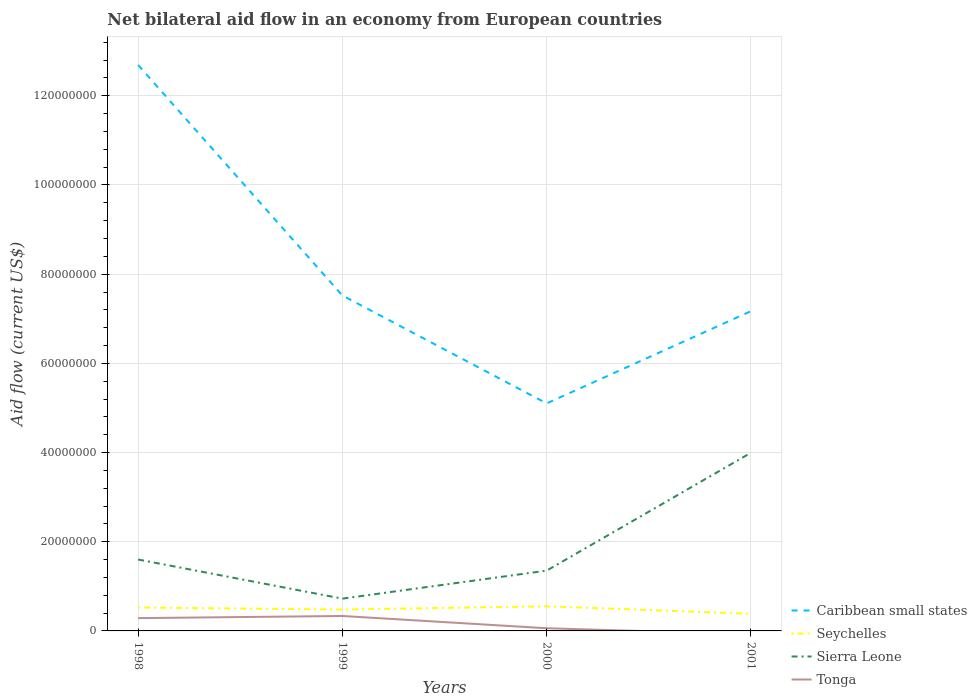
| Years | Caribbean small states | Seychelles | Sierra Leone | Tonga |
 | --- | --- | --- | --- | --- |
 | 1998 | 1.27e+08 | 5.25e+06 | 1.6e+07 | 2.87e+06 |
 | 1999 | 7.52e+07 | 4.8e+06 | 7.24e+06 | 3.35e+06 |
 | 2000 | 5.1e+07 | 5.52e+06 | 1.35e+07 | 6e+05 |
 | 2001 | 7.17e+07 | 3.84e+06 | 4e+07 | -7.4e+05 |